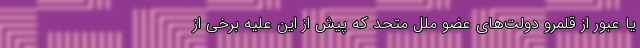
یا عبور از قلمرو دولت‌های عضو ملل متحد که پیش از این علیه برخی از